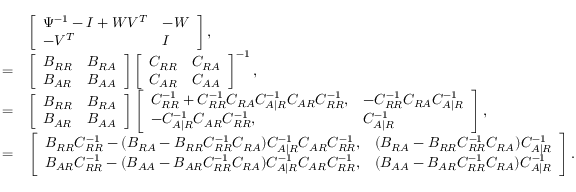
\begin{array} { r l } & { \left[ \begin{array} { l l } { \Psi ^ { - 1 } - I + W V ^ { T } } & { - W } \\ { - V ^ { T } } & { I } \end{array} \right] , } \\ { = } & { \left[ \begin{array} { l l } { B _ { R R } } & { B _ { R A } } \\ { B _ { A R } } & { B _ { A A } } \end{array} \right] \left[ \begin{array} { l l } { C _ { R R } } & { C _ { R A } } \\ { C _ { A R } } & { C _ { A A } } \end{array} \right] ^ { - 1 } , } \\ { = } & { \left[ \begin{array} { l l } { B _ { R R } } & { B _ { R A } } \\ { B _ { A R } } & { B _ { A A } } \end{array} \right] \left[ \begin{array} { l l } { C _ { R R } ^ { - 1 } + C _ { R R } ^ { - 1 } C _ { R A } C _ { A | R } ^ { - 1 } C _ { A R } C _ { R R } ^ { - 1 } , } & { - C _ { R R } ^ { - 1 } C _ { R A } C _ { A | R } ^ { - 1 } } \\ { - C _ { A | R } ^ { - 1 } C _ { A R } C _ { R R } ^ { - 1 } , } & { C _ { A | R } ^ { - 1 } } \end{array} \right] , } \\ { = } & { \left[ \begin{array} { l l } { B _ { R R } C _ { R R } ^ { - 1 } - ( B _ { R A } - B _ { R R } C _ { R R } ^ { - 1 } C _ { R A } ) C _ { A | R } ^ { - 1 } C _ { A R } C _ { R R } ^ { - 1 } , } & { ( B _ { R A } - B _ { R R } C _ { R R } ^ { - 1 } C _ { R A } ) C _ { A | R } ^ { - 1 } } \\ { B _ { A R } C _ { R R } ^ { - 1 } - ( B _ { A A } - B _ { A R } C _ { R R } ^ { - 1 } C _ { R A } ) C _ { A | R } ^ { - 1 } C _ { A R } C _ { R R } ^ { - 1 } , } & { ( B _ { A A } - B _ { A R } C _ { R R } ^ { - 1 } C _ { R A } ) C _ { A | R } ^ { - 1 } } \end{array} \right] . } \end{array}